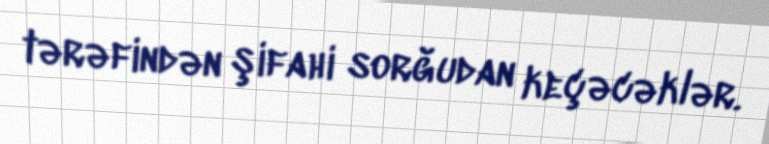
tərəfindən şifahi sorğudan keçəcəklər.